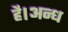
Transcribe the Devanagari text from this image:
है।अन्ध